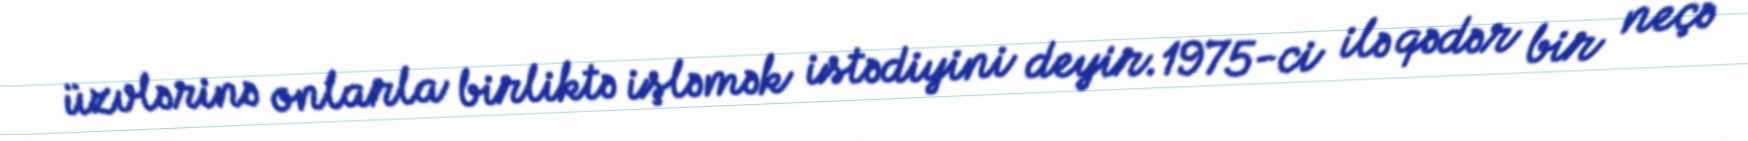
üzvlərinə onlarla birliktə işləmək istədiyini deyir.1975-ci ilə qədər bir neçə